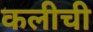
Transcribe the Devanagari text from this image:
कलीची